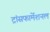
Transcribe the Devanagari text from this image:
ट्रांसफार्मेशनल